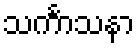
သင်္ကာသနာ